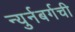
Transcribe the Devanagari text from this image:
न्युर्नबर्गची